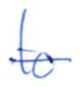
Text: to
Cross-out: mix
Writing tool: ballpoint